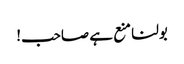
بولنا منع ہے صاحب!